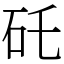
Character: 矺